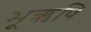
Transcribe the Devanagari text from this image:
भूऋषि